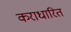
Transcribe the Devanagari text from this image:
कराधारित